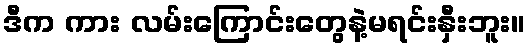
ဒီက ကား လမ်းကြောင်းတွေနဲ့မရင်းနှီးဘူး။